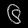
Digit: ၆